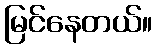
မြင်နေတယ်။